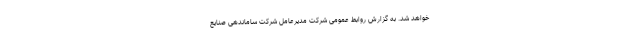
خواهد شد. به گزارش روابط‌ عمومی شرکت مدیرعامل شرکت ساماندهی صنایع